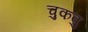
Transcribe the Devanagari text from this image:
चुकवु